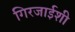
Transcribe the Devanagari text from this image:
गिरजाईशी